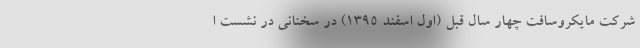
شرکت مایکروسافت چهار سال قبل (اول اسفند 1395) در سخنانی در نشست ا